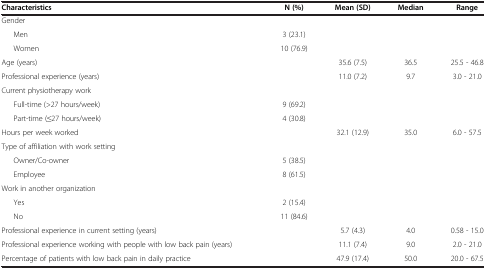
| <COLSPAN=2> Characteristics | N (%) | Mean (SD) | Median | Range |
 | --- | --- | --- | --- | --- | --- |
 | <COLSPAN=2> Gender |  |  |  |  |
 | Men |  | 3 (23.1) |  |  |  |
 | Women |  | 10 (76.9) |  |  |  |
 | <COLSPAN=2> Age (years) | <ROWSPAN=2>  | 35.6 (7.5) | 36.5 | 25.5 - 46.8 |
 | <COLSPAN=2> Professional experience (years) | 11.0 (7.2) | 9.7 | 3.0 - 21.0 |
 | <COLSPAN=2> Current physiotherapy work |  |  |  |  |
 | Full-time (>27 hours/week) |  | 9 (69.2) |  |  |  |
 | Part-time (≤27 hours/week) |  | 4 (30.8) |  |  |  |
 | <COLSPAN=2> Hours per week worked |  | 32.1 (12.9) | 35.0 | 6.0 - 57.5 |
 | <COLSPAN=2> Type of affiliation with work setting |  |  |  |  |
 | Owner/Co-owner |  | 5 (38.5) |  |  |  |
 | Employee |  | 8 (61.5) |  |  |  |
 | <COLSPAN=2> Work in another organization |  |  |  |  |
 | Yes |  | 2 (15.4) |  |  |  |
 | No |  | 11 (84.6) |  |  |  |
 | <COLSPAN=2> Professional experience in current setting (years) |  | 5.7 (4.3) | 4.0 | 0.58 - 15.0 |
 | <COLSPAN=2> Professional experience working with people with low back pain (years) |  | 11.1 (7.4) | 9.0 | 2.0 - 21.0 |
 | <COLSPAN=2> Percentage of patients with low back pain in daily practice |  | 47.9 (17.4) | 50.0 | 20.0 - 67.5 |